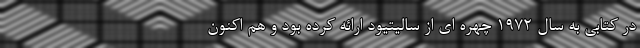
در کتابی به سال ۱۹۷۲ چهره ای از سالیتیود ارائه کرده بود و هم اکنون